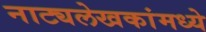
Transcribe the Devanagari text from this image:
नाट्यलेखकांमध्ये